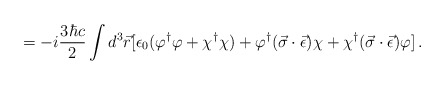
\begin{align*}=-i\frac{3\hbar c}{2}\int d^3\vec{r}[\epsilon_0 (\varphi^{\dagger}\varphi+\chi^{\dagger}\chi)+\varphi^{\dagger}(\vec{\sigma}\cdot\vec{\epsilon})\chi+\chi^{\dagger}(\vec{\sigma}\cdot\vec{\epsilon})\varphi]\,{.}\end{align*}